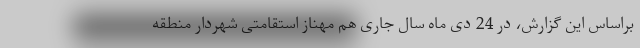
براساس این گزارش، در 24 دی ماه سال جاری هم مهناز استقامتی شهردار منطقه